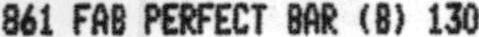
861 FAB PERFECT BAR (B) 130